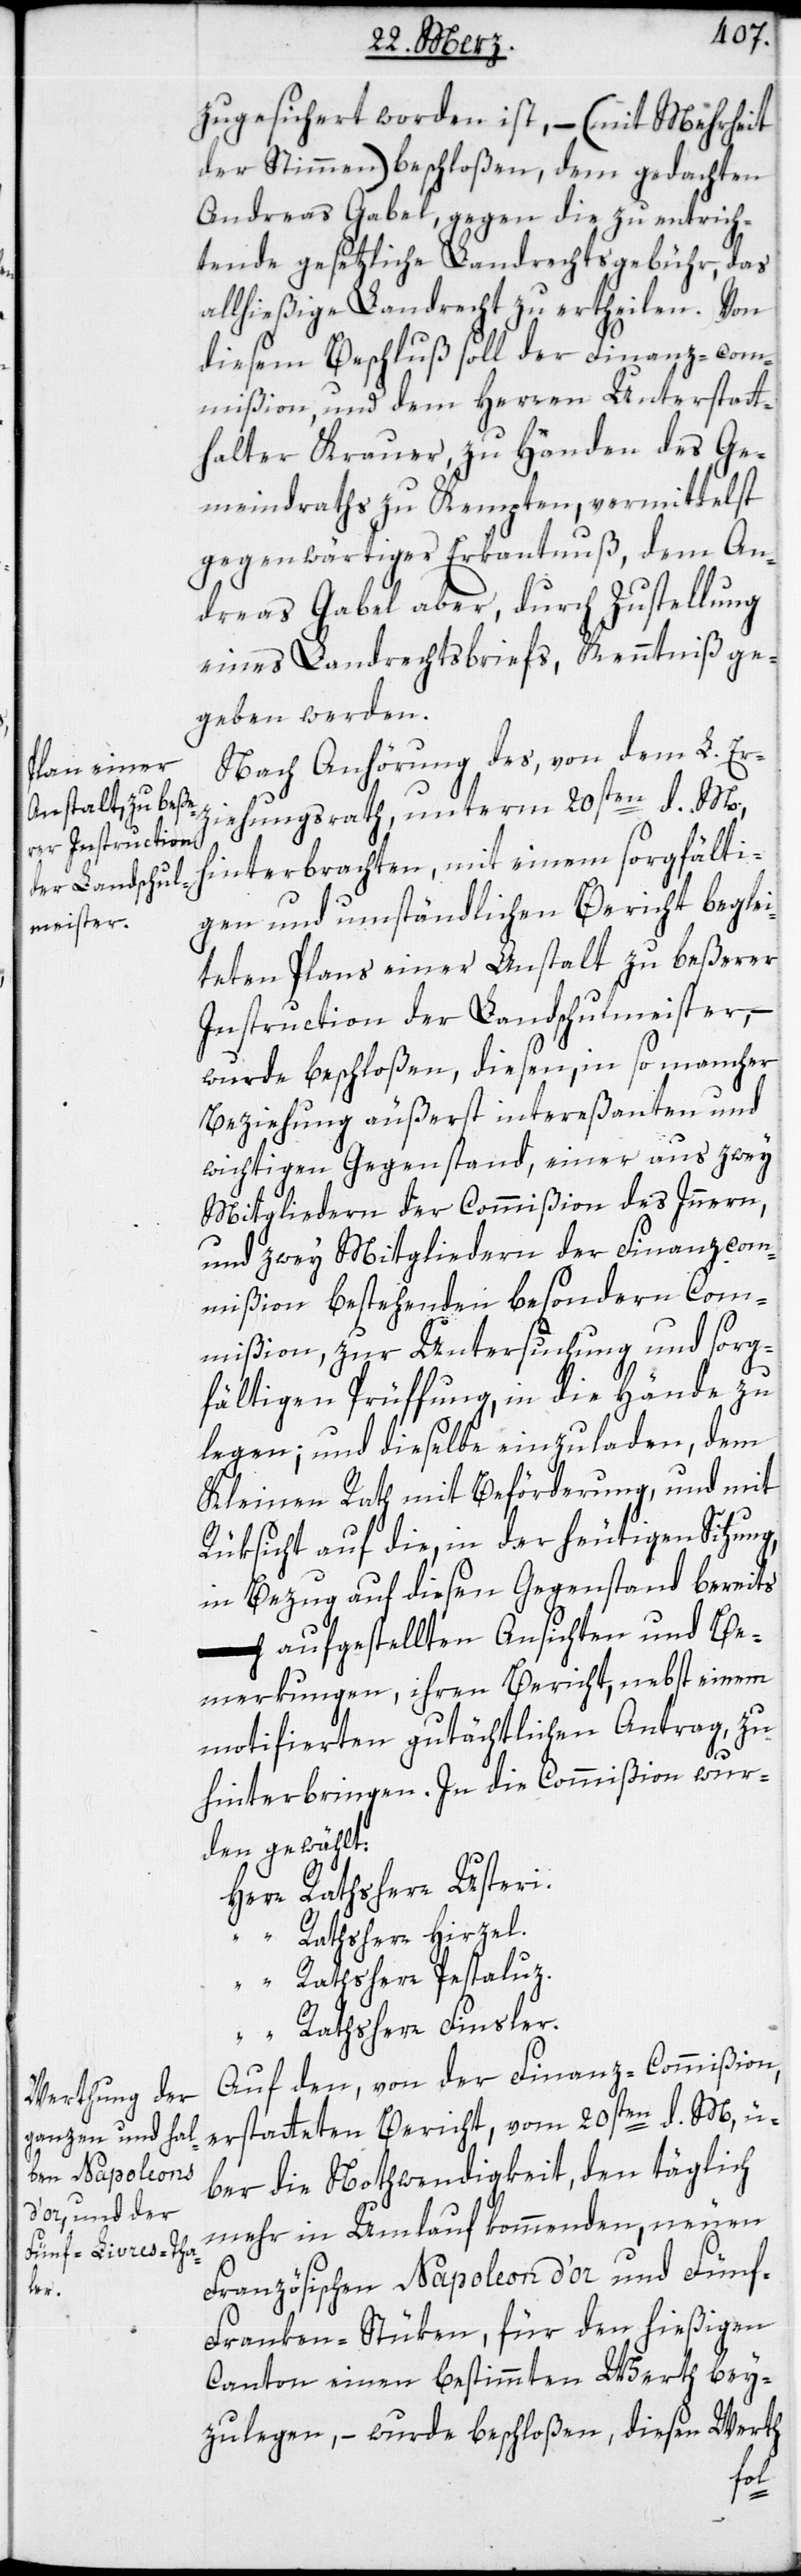
zugesichert worden ist, – (mit Mehrheit
der Stimmen) beschloßen, dem gedachten
Andreas Gabel, gegen die zu entrich¬
tende gesetzliche Landrechtsgebühr, das
allhießige Landrecht zu ertheilen. Von
diesem Beschluß soll der Finanz-com¬
mißion und dem Herren Unterstatt¬
halter Krauer zu Handen des Ge¬
meindraths zu Kempten, vermittelst
gegenwärtiger Erkanntnuß, dem An¬
dreas Gabel aber, durch Zustellung
eines Landrechtsbriefs, Kenntniß ge¬
geben werden.
Nach Anhörung des, von dem L. Erzi¬
ehungsrath, unterm 20sten d. M.
hinterbrachten, mit einem sorgfälti¬
gen und umständlichen Bericht beglei¬
teten Plans einer Anstalt zu beßerer
Instruction der Landschulmeister, –
wurde beschloßen, diesen in so mancher
Beziehung äußerst intereßanten und
wichtigen Gegenstand, einer aus zwey
Mitgliedern der Commißion des Inneren
und zwey Mitgliedern der Finanzcom¬
mißion bestehenden besondern Com¬
mißion, zur Untersuchung und sorg¬
fältigen Prüffung, in die Hände zu
legen; und dieselbe einzuladen, dem
Kleinen Rath mit Beförderung, und mit
Rüksicht auf die, in der heutigen Sitzung,
in Bezug auf diesen Gegenstand bereits
aufgestellten Ansichten und Be¬
merkungen, ihren Bericht nebst einem
motifierten gutächtlichen Antrag zu
hinterbringen. In die Commißion wur¬
den gewählt:
Herr Rathsherr Usteri.
“ Rathsherr Hirzel.
“ Rathsherr Pestaluz.
Rathsherr Finsler.
Auf den, von der Finanz-Commißion,
erstatteten Bericht, vom 20sten d. M., ü¬
ber die Nothwendigkeit, den täglich
mehr in Umlauf kommenden, neuen
Französischen Napoleon d’or und Fünf-F¬
ranken-Stüken, für den hießigen
Canton einen bestimmten Werth bey¬
zulegen, – wurde beschloßen, diesen Werth